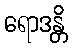
ရောဒန္တိ